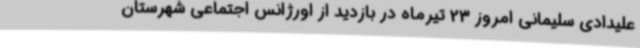
علیدادی سلیمانی امروز 23 تیرماه در بازدید از اورژانس اجتماعی شهرستان